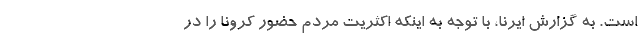
است. به گزارش ایرنا، با توجه به اینکه اکثریت مردم حضور کرونا را در